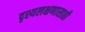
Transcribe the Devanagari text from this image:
दृश्यलक्षणासाठी